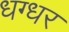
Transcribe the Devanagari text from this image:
धग्धर